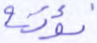
نؤته